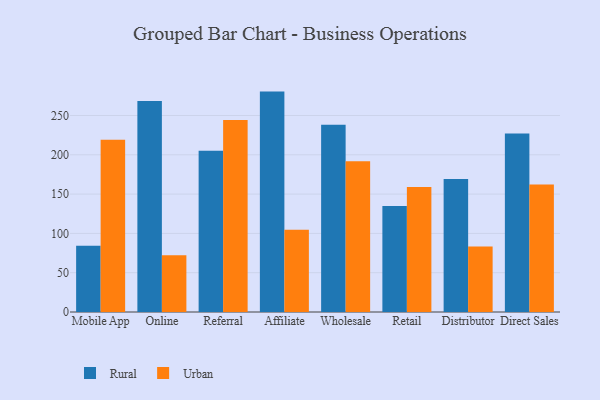
{"axis": {"x": "Channel", "y": "Humidity (%)"}, "legend": ["Rural", "Urban"], "data": [{"x": "Mobile App", "y": 84.4, "type": "Rural"}, {"x": "Mobile App", "y": 219.1, "type": "Urban"}, {"x": "Online", "y": 268.6, "type": "Rural"}, {"x": "Online", "y": 72.2, "type": "Urban"}, {"x": "Referral", "y": 205.0, "type": "Rural"}, {"x": "Referral", "y": 244.3, "type": "Urban"}, {"x": "Affiliate", "y": 280.4, "type": "Rural"}, {"x": "Affiliate", "y": 104.6, "type": "Urban"}, {"x": "Wholesale", "y": 238.1, "type": "Rural"}, {"x": "Wholesale", "y": 191.9, "type": "Urban"}, {"x": "Retail", "y": 134.9, "type": "Rural"}, {"x": "Retail", "y": 158.9, "type": "Urban"}, {"x": "Distributor", "y": 169.3, "type": "Rural"}, {"x": "Distributor", "y": 83.4, "type": "Urban"}, {"x": "Direct Sales", "y": 227.1, "type": "Rural"}, {"x": "Direct Sales", "y": 162.2, "type": "Urban"}]}